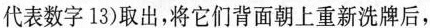
代表数字13)取出，将它们背面朝上重新洗牌后，